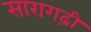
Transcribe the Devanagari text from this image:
सारागढ़ी